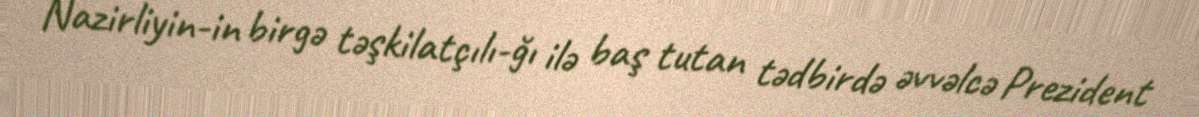
Nazirliyin­in birgə təşkilatçılı­ğı ilə baş tutan tədbirdə əvvəlcə Prezident